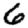
Digit: 6